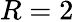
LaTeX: R=2